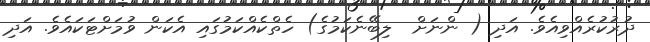
ދުރުކުރެއްވިއެވެ. އަދި ( ންނަށް  ލިބޭނެކަމުގެ) ހެތްކެއްކަމުގައި އެކަން ވުމަށްޓަކައެވެ. އަދި